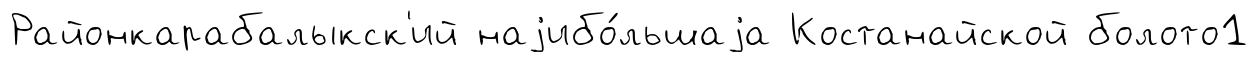
Районкарабалыкск'ий наjибо́льшаjа Костанайской болото1